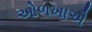
ઓળખાઐ